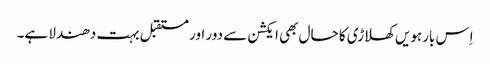
اِس بارہویں کھلاڑی کا حال بھی ایکشن سے دور اور مستقبل بہت دھندلا ہے۔